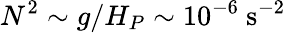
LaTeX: N^{2}\sim g/H_{P}\sim 10^{-6}~\mathrm{s^{-2}}